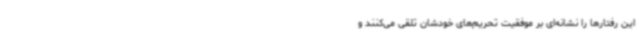
این رفتارها را نشانه‌ای بر موفقیت تحریم‌های خودشان تلقی می‌کنند و